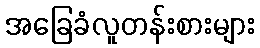
အခြေခံလူတန်းစားများ